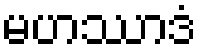
မဟဿာဒံ